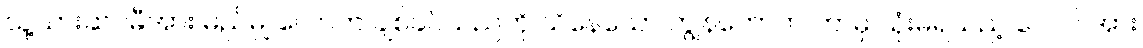
သူ့သားဆင်မီအား မည်မျှ လောက် ချစ်ခင်သည်ကို သိနေသော ကျွန်တော်က ဘာမှ သုံးမရသည့် ပေါလ် အား